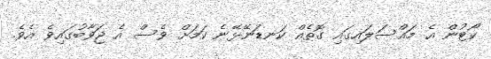
ކޯޓުން އެ މައްސަލައިގައި ގޮތެއް ކަނޑަނޭޅޭނެ ކަމަށް ވެސް އެ ޖަވާބުގައިވެ އެވެ.